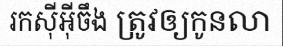
រកស៊ីអ៊ីចឹង ត្រូវឲ្យកូនលា